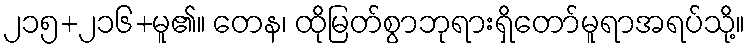
၂၁၅+၂၁၆+မူ၏။ တေန၊ ထိုမြတ်စွာဘုရားရှိတော်မူရာအရပ်သို့။